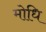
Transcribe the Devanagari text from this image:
मोधि